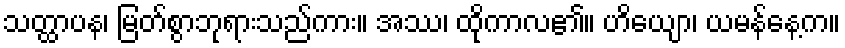
သတ္ထာပန၊ မြတ်စွာဘုရားသည်ကား။ အဿ၊ ထိုကာလ၏။ ဟိယျော၊ ယမန်နေ့က။